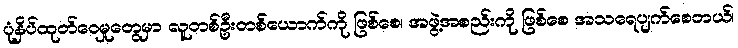
ပုံနှိပ်ထုတ်ဝေမှုတွေမှာ လူတစ်ဦးတစ်ယောက်ကို ဖြစ်စေ၊ အဖွဲ့အစည်းကို ဖြစ်စေ အသရေပျက်စေတယ်၊